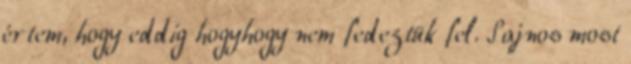
értem, hogy eddig hogyhogy nem fedeztük fel. Sajnos most